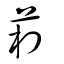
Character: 葙